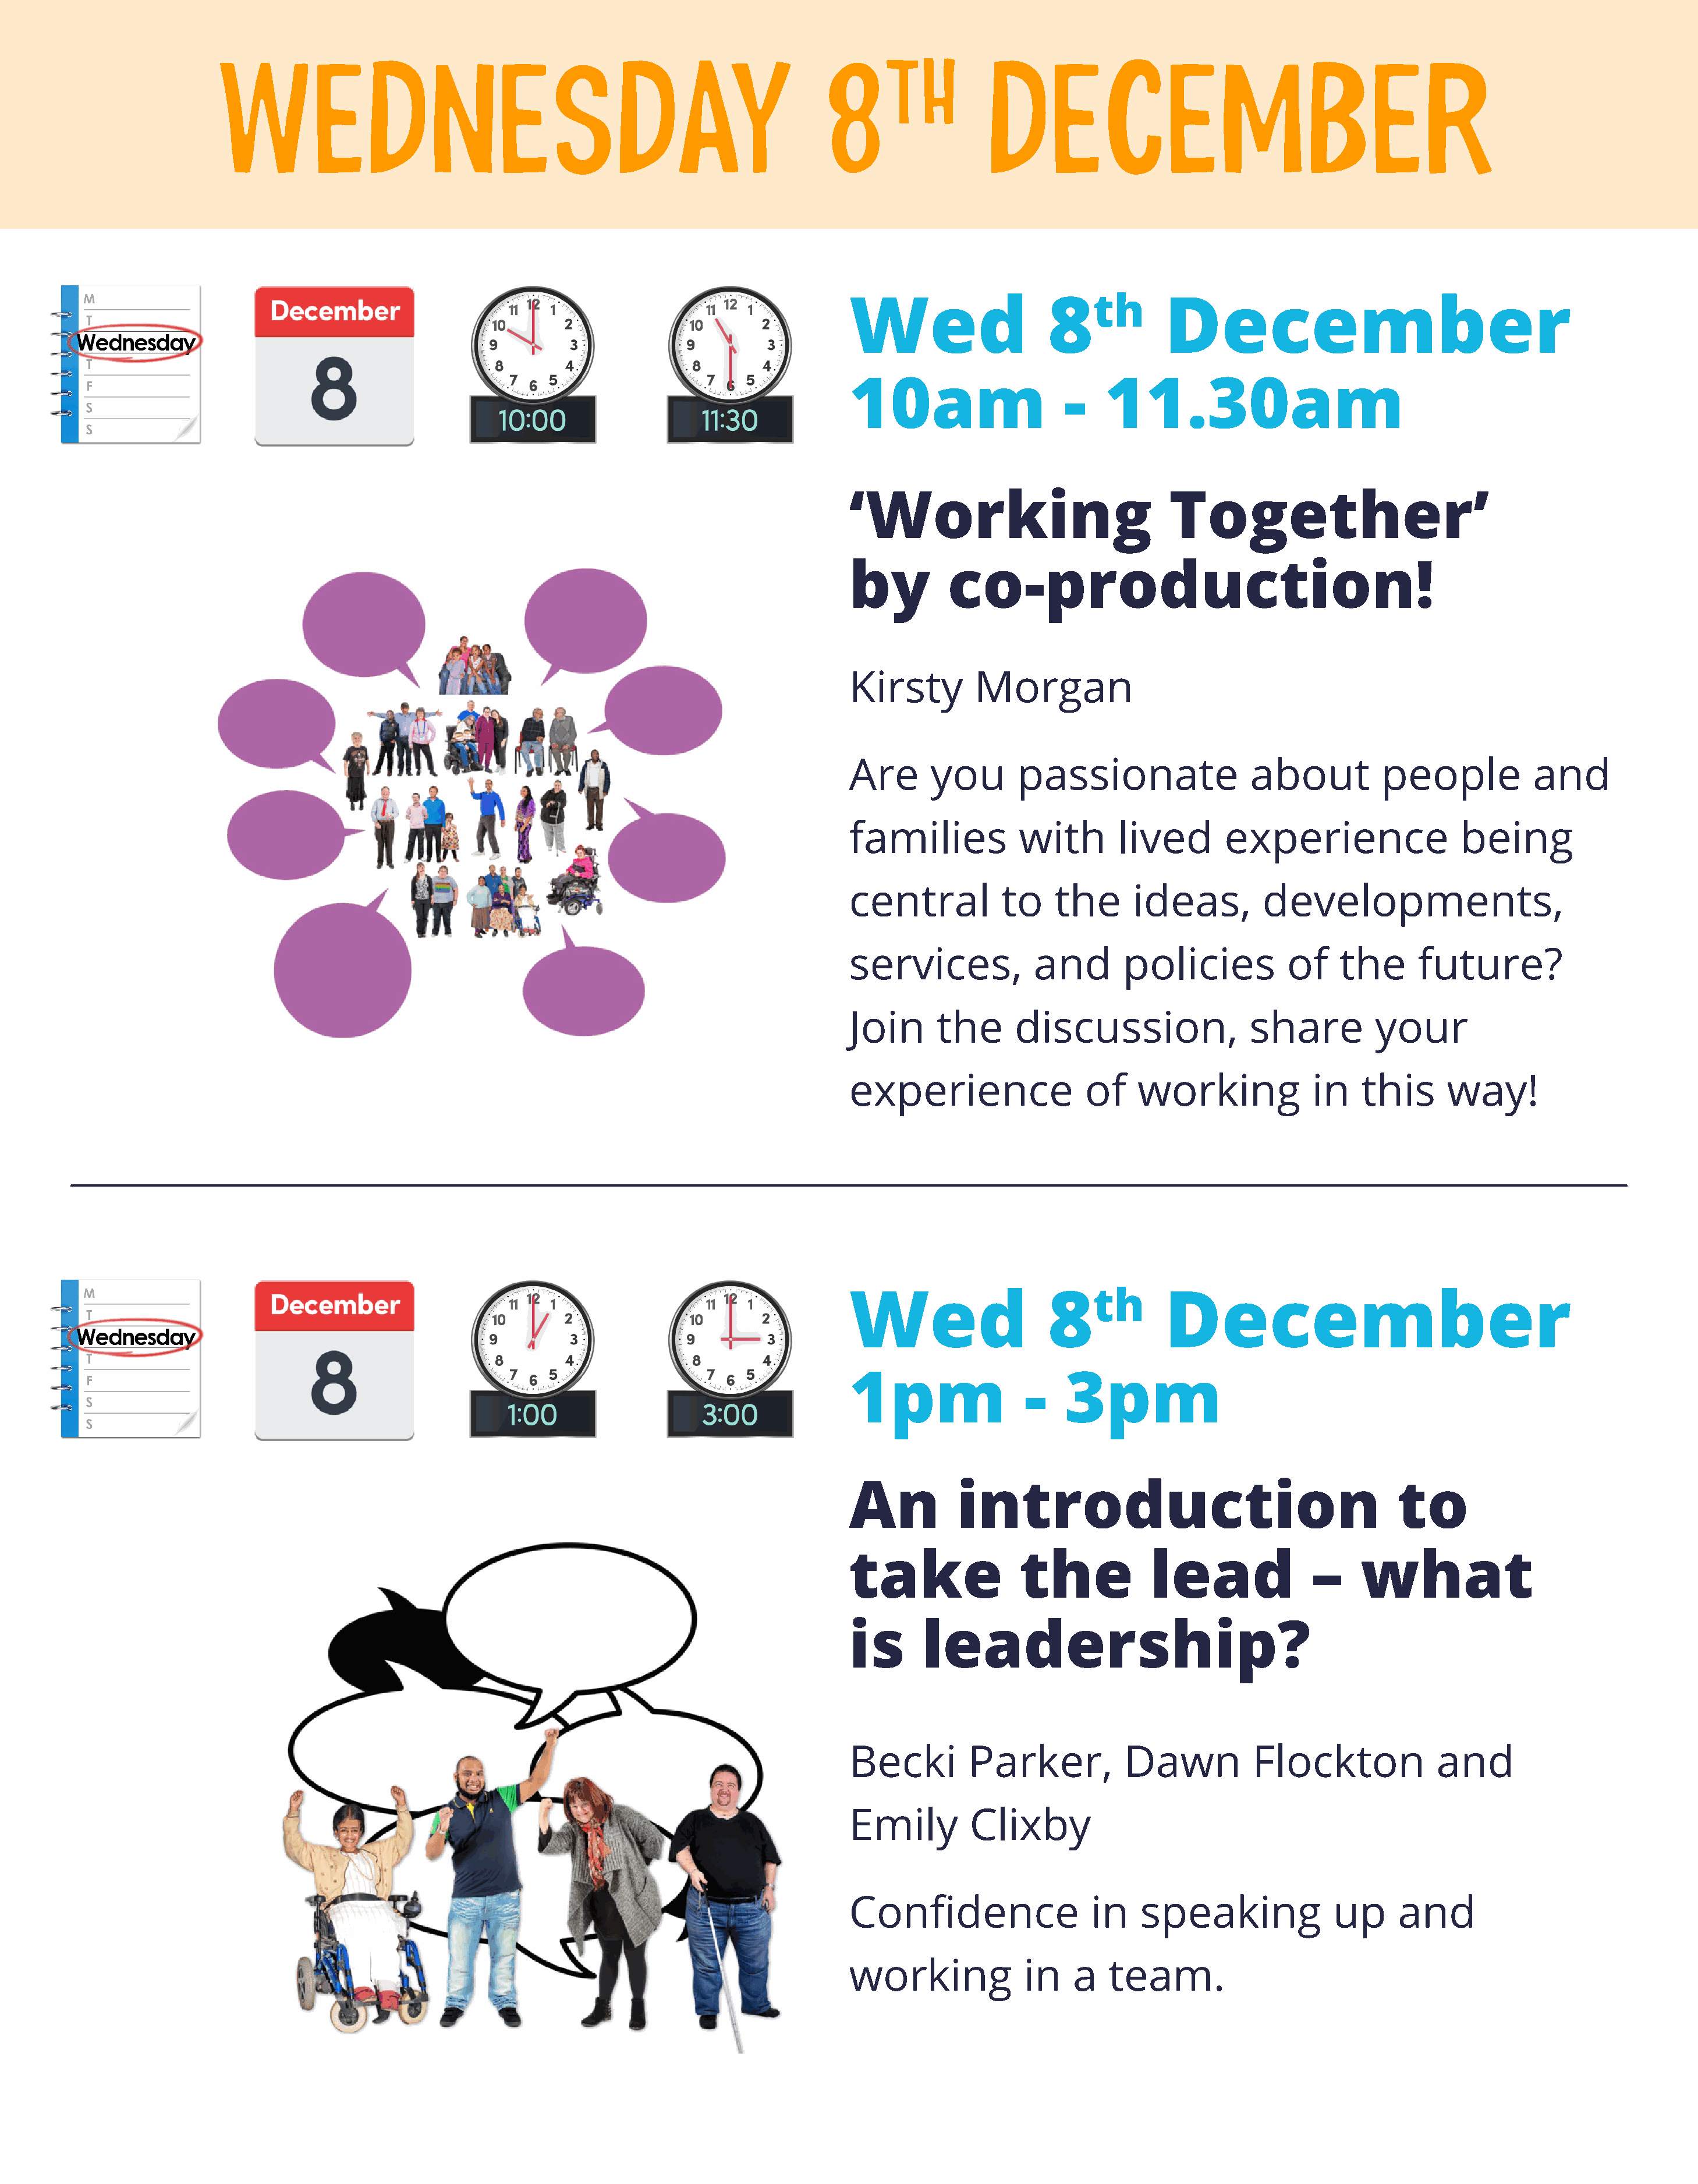
WEDNESDAY                                                            8TH               DECEMBER
 Wed                   8th          December
 10am                    -    11.30am
 ‘Working                            Together’
 by         co-production!
 Kirsty        Morgan
 Are      you       passionate                about          people           and
 families           with       lived       experience                 being
 central          to    the      ideas,         developments,
 services,            and       policies          of    the      future?
 Join     the      discussion,                share         your
 experience                of    working             in    this      way!
 Wed                   8th          December
 1pm                -    3pm
 An          introduction                                      to
 take               the            lead              –     what
 is      leadership?
 Becki        Parker,           Dawn          Flockton             and
 Emily        Clixby
 Confidence                 in    speaking              up     and
 working            in    a   team.